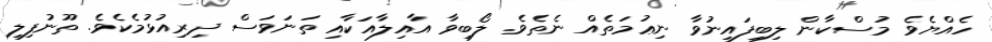
ހެއްޔެވެ މުސްކާން ލިބިފައިނުވާ ނިޢުމަތެއް ނެތެވެ. ލޯބިވާ އާއިލާއަކާއި ތަނަވަސް ދިރިއުޅުމެކެވެ. ތޫނުފިލި